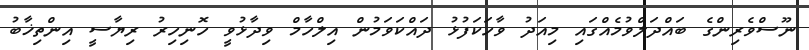
ނޫސްވެރިންގެ ބައްދަލްވުމެއްގައި މިއަދު ވާހަކަފުޅު ދައްކަވަމުން އިލްހާމް ވިދާޅުވީ ހޮނިހިރު ރިޔާސީ އިންތިޚާބު